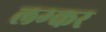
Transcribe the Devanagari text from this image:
लग्कर